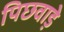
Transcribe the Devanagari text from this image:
पिछवाडे़